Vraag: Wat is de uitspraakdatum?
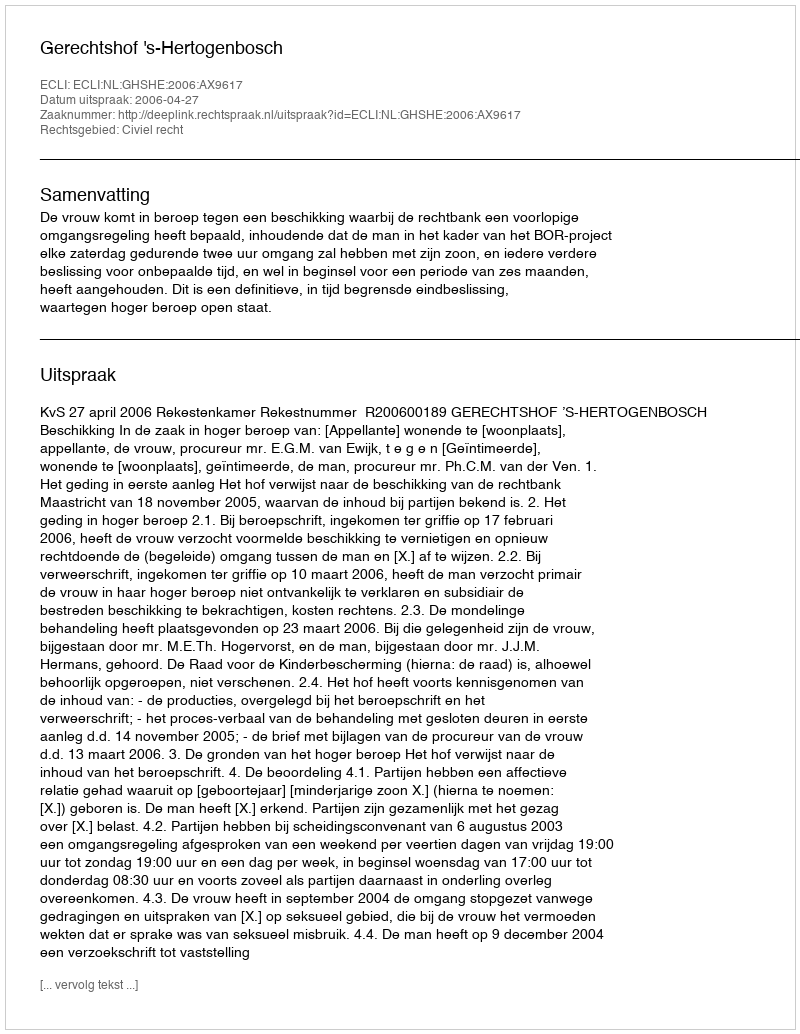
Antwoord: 2006-04-27